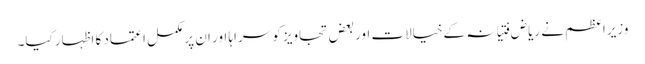
وزیراعظم نے ریاض فتیانہ کےخیالات اوربعض تجاویز کو سراہا اور ان پر مکمل اعتماد کا اظہار کیا۔